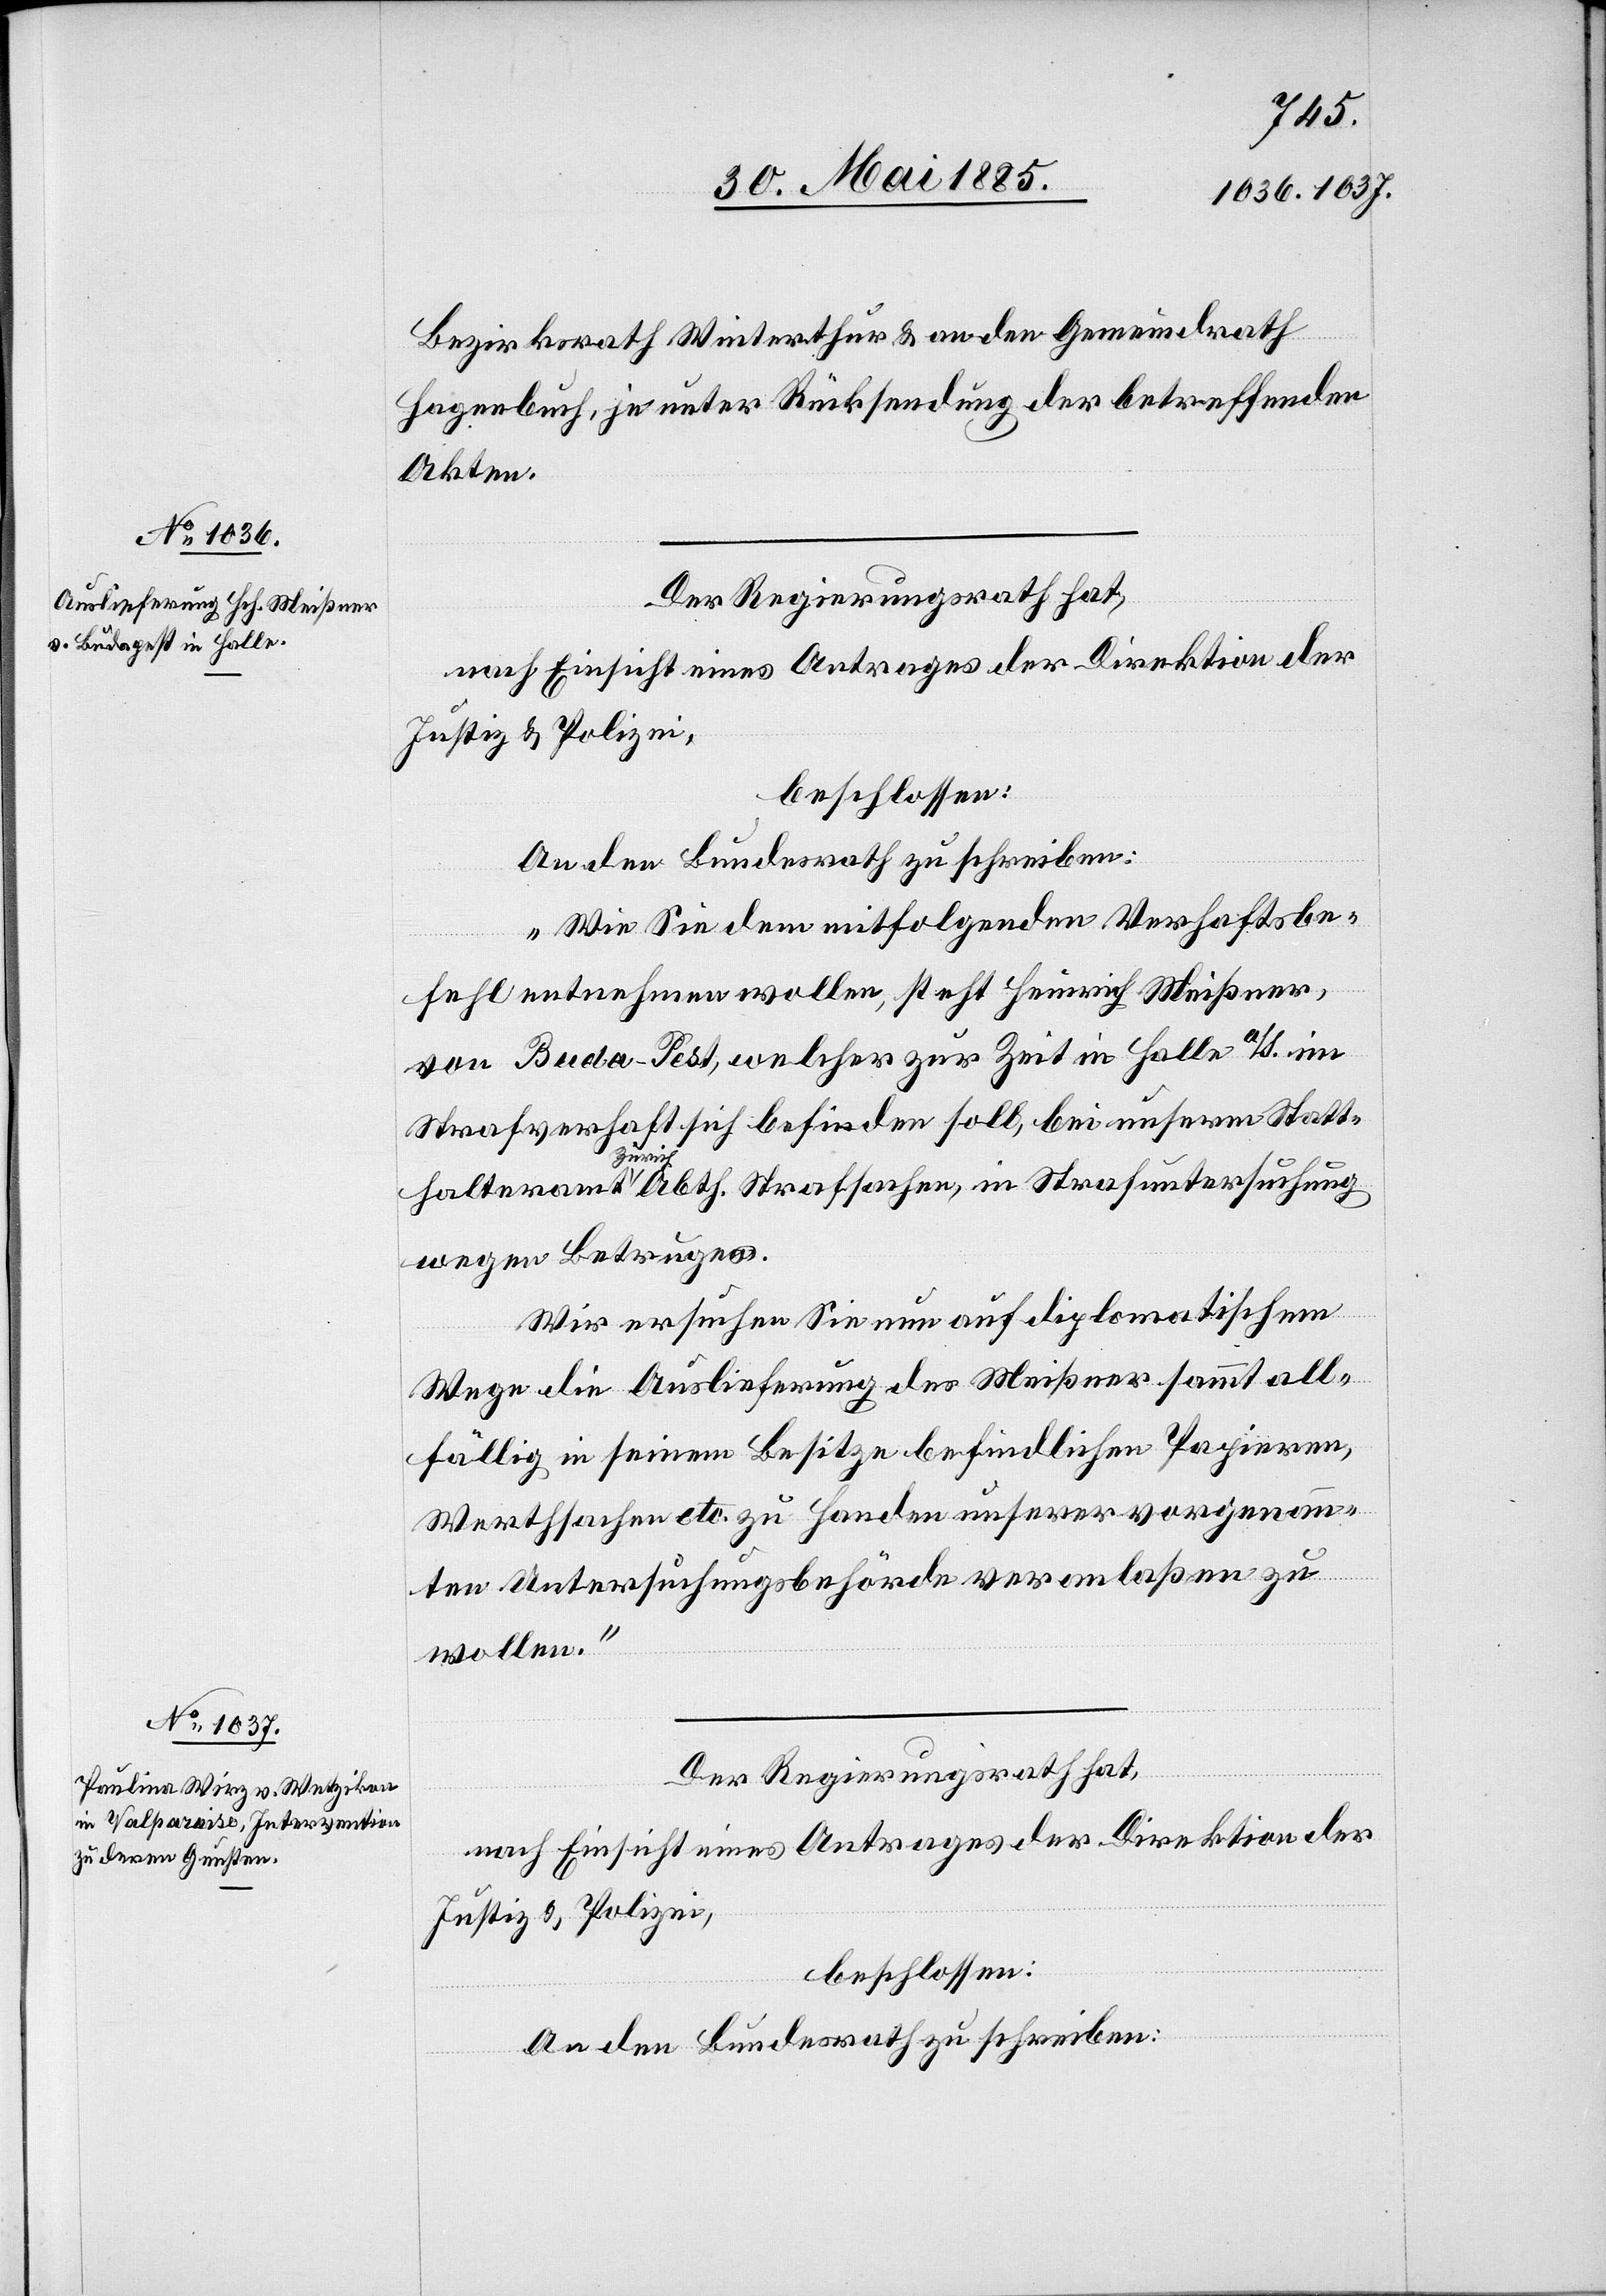
Bezirksrath Winterthur & an den Gemeindrath
Hagenbuch, je unter Rücksendung der betreffenden
Akten.
Der Regierungsrath hat,
nach Einsicht eines Antrages der Direktion der
Justiz & Polizei,
beschlossen:
An den Bundesrath zu schreiben:
„Wie Sie dem mitfolgenden Verhaftsbe¬
fehl entnehmen wollen, steht Heinrich Meißner,
von Buda-Pest [sic!], welcher zur Zeit in Halle a/S. im
Strafverhaft sich befinden soll, bei unserm Statt¬
halteramt Zürich Abth. Strafsachen, in Strafuntersuchung
wegen Betruges.
Wir ersuchen Sie nun auf diplomatischem
Wege die Auslieferung des Meißner sammt all¬
fällig in seinem Besitze befindlichen Papieren,
Werthsachen etc. zu Handen unserer vorgenann¬
ten Untersuchungsbehörde veranlaßen zu
wollen.“
Der Regierungsrath hat,
nach Einsicht eines Antrages der Direktion der
Justiz & Polizei,
beschlossen:
An den Bundesrath zu schreiben: